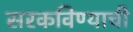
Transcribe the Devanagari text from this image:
सरकविण्याची